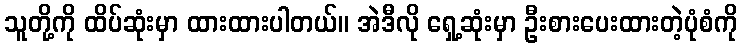
သူတို့ကို ထိပ်ဆုံးမှာ ထားထားပါတယ်။ အဲဒီလို ရှေ့ဆုံးမှာ ဦးစားပေးထားတဲ့ပုံစံကို